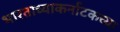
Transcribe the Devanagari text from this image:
भारताच्याकर्नाटकच्या